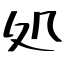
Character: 処